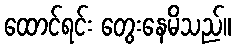
ထောင်ရင်း တွေးနေမိသည်။